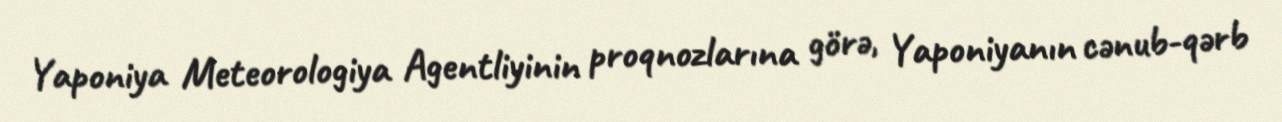
Yaponiya Meteorologiya Agentliyinin proqnozlarına görə, Yaponiyanın cənub-qərb